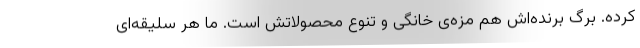
کرده. برگ برنده‌اش هم مزه‌ی خانگی و تنوع محصولاتش است. ما هر سلیقه‌ای